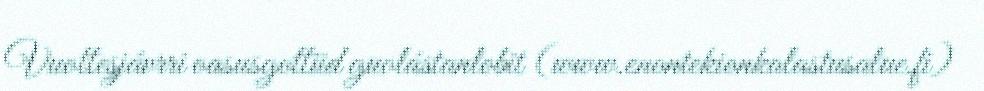
Vuottesjávrri oasusgottiid guolástanlobit (www.enontekionkalastusalue.fi)